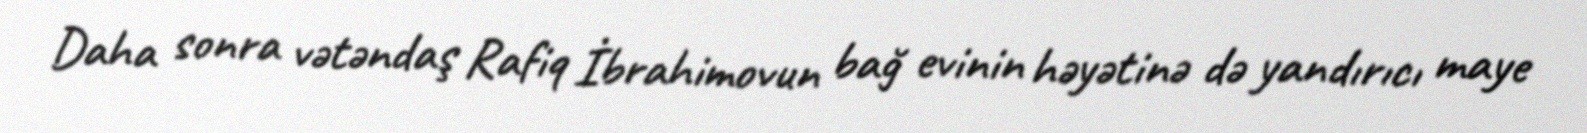
Daha sonra vətəndaş Rafiq İbrahimovun bağ evinin həyətinə də yandırıcı maye